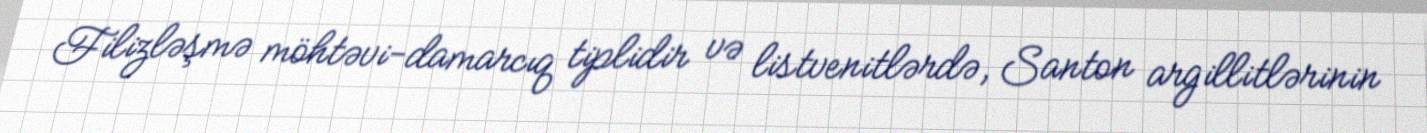
Filizləşmə möhtəvi-damarcıq tiplidir və listvenitlərdə, Santon argillitlərinin